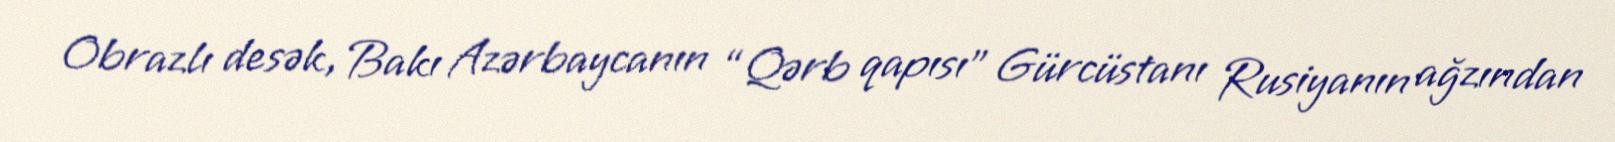
Obrazlı desək, Bakı Azərbaycanın “Qərb qapısı” Gürcüstanı Rusiyanın ağzından